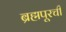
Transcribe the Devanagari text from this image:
ब्रह्मपूरची